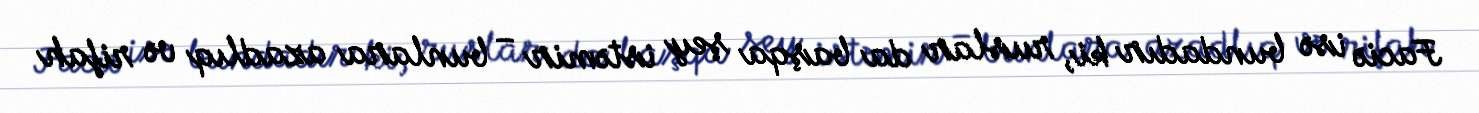
Faciə isə bundadır ki, ruslar da başqa şey istəmir – bunlara azadlıq və rifah